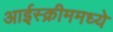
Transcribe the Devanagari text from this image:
आईस्क्रीममध्ये